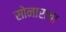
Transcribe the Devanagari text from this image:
सोनाराचा